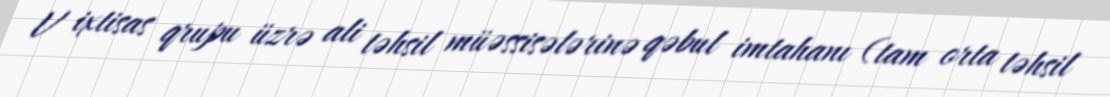
V ixtisas qrupu üzrə ali təhsil müəssisələrinə qəbul imtahanı (tam orta təhsil